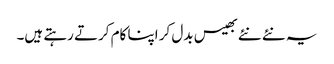
یہ نئے نئے بھیس بدل کر اپنا کام کرتے رہتے ہیں۔